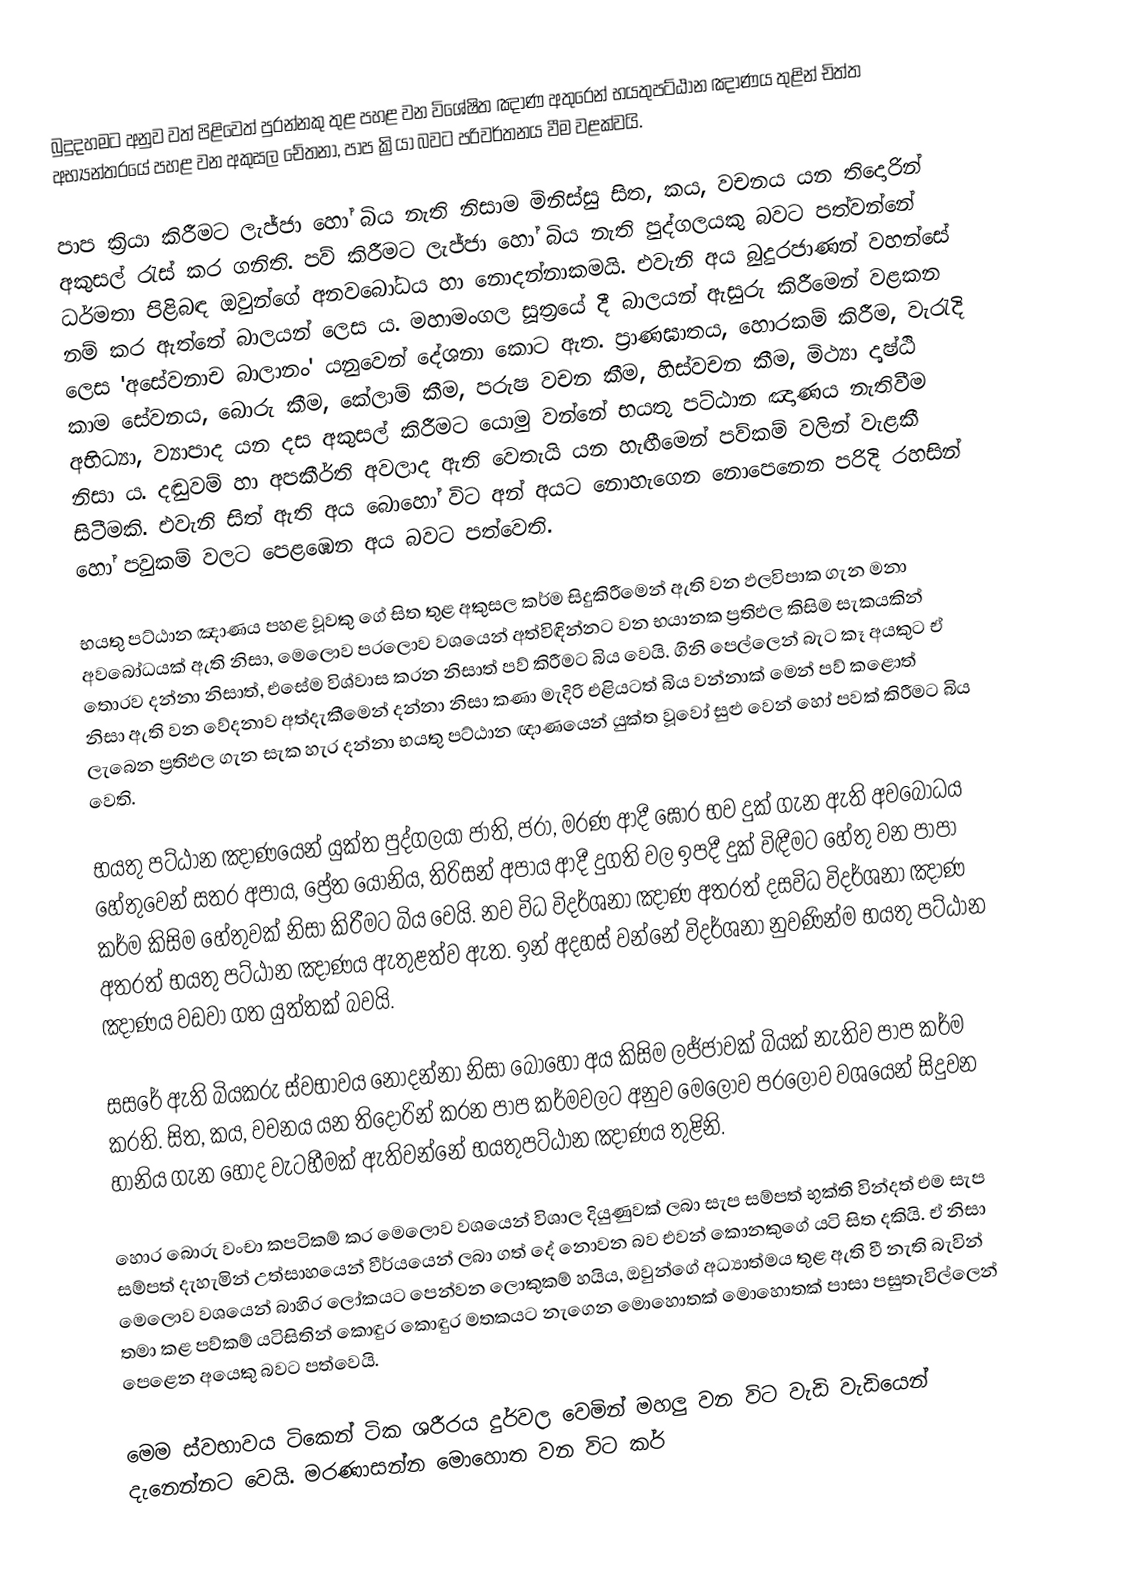
බුදුදහමට අනුව වත් පිළිවෙත් පුරන්නකු තුළ පහළ වන විශේෂිත ඤාණ අතුරෙන් භයතුපට්ඨාන ඤාණය තුළින් චිත්ත අභ්‍යන්තරයේ පහළ වන අකුසල චේතනා, පාප ක්‍රියා බවට පරිවර්තනය වීම වළක්වයි.

පාප ක්‍රියා කිරීමට ලැජ්ජා හෝ බිය නැති නිසාම මිනිස්සු සිත, කය, වචනය යන තිදොරින් අකුසල් රැස් කර ගනිති. පව් කිරීමට ලැජ්ජා හෝ බිය නැති පුද්ගලයකු බවට පත්වන්නේ ධර්මතා පිළිබඳ ඔවුන්ගේ අනවබෝධය හා නොදන්නාකමයි. එවැනි අය බුදුරජාණන් වහන්සේ නම් කර ඇත්තේ බාලයන් ලෙස ය. මහාමංගල සූත්‍රයේ දී බාලයන් ඇසුරු කිරීමෙන් වළකන ලෙස 'අසේවනාච බාලානං' යනුවෙන් දේශනා කොට ඇත. ප්‍රාණඝාතය, හොරකම් කිරීම, වැරැදි කාම සේවනය, බොරු කීම, කේලාම් කීම, පරුෂ වචන කීම, හිස්වචන කීම, මිථ්‍යා දෘෂ්ඨි අභිධ්‍යා, ව්‍යාපාද යන දස අකුසල් කිරීමට යොමු වන්නේ භයතු පට්ඨාන ඤාණය නැතිවීම නිසා ය. දඬුවම් හා අපකීර්ති අවලාද ඇති වෙතැයි යන හැඟීමෙන් පව්කම් වලින් වැළකී සිටීමකි. එවැනි සිත් ඇති අය බොහෝ විට අන් අයට නොහැගෙන නොපෙනෙන පරිදි රහසින් හෝ පවුකම් වලට පෙළඹෙන අය බවට පත්වෙති.

භයතු පට්ඨාන ඤාණය පහළ වූවකු ගේ සිත තුළ අකුසල කර්ම සිදුකිරීමෙන් ඇති වන ඵලවිපාක ගැන මනා අවබෝධයක් ඇති නිසා, මෙලොව පරලොව වශයෙන් අත්විඳින්නට වන භයානක ප්‍රතිඵල කිසිම සැකයකින් තොරව දන්නා නිසාත්, එසේම විශ්වාස කරන නිසාත් පව් කිරීමට බිය වෙයි. ගිනි පෙල්ලෙන් බැට කෑ අයකුට ඒ නිසා ඇති වන වේදනාව අත්දැකීමෙන් දන්නා නිසා කණා මැදිරි එළියටත් බිය වන්නාක් මෙන් පව් කළොත් ලැබෙන ප්‍රතිඵල ගැන සැක හැර දන්නා භයතු පට්ඨාන ඥාණයෙන් යුක්ත වූවෝ සුළු වෙන් හෝ පවක් කිරීමට බිය වෙති.

භයතු පට්ඨාන ඤාණයෙන් යුක්ත පුද්ගලයා ජාති, ජරා, මරණ ආදී ඝෝර භව දුක් ගැන ඇති අවබෝධය හේතුවෙන් සතර අපාය, ප්‍රේත යෝනිය, තිරිසන් අපාය ආදී දුගති වල ඉපදී දුක් විඳීමට හේතු වන පාපා කර්ම කිසිම හේතුවක් නිසා කිරීමට බිය වෙයි. නව විධ විදර්ශනා ඤාණ අතරත් දසවිධ විදර්ශනා ඤාණ අතරත් භයතු පට්ඨාන ඤාණය ඇතුළත්ව ඇත. ඉන් අදහස් වන්නේ විදර්ශනා නුවණින්ම භයතු පට්ඨාන ඤාණය වඩවා ගත යුත්තක් බවයි.

සසරේ ඇති බියකරු ස්වභාවය නොදන්නා නිසා බොහෝ අය කිසිම ලජ්ජාවක් බියක් නැතිව පාප කර්ම කරති. සිත, කය, වචනය යන තිදොරින් කරන පාප කර්මවලට අනුව මෙලොව පරලොව වශයෙන් සිදුවන හානිය ගැන හොද වැටහීමක් ඇතිවන්නේ භයතුපට්ඨාන ඤාණය තුළිනි.

හොර බොරු වංචා කපටිකම් කර මෙලොව වශයෙන් විශාල දියුණුවක් ලබා සැප සම්පත් භුක්ති වින්දත් එම සැප සම්පත් දැහැමින් උත්සාහයෙන් වීර්යයෙන් ලබා ගත් දේ නොවන බව එවන් කොනකුගේ යටි සිත දකියි. ඒ නිසා මෙලොව වශයෙන් බාහිර ලෝකයට පෙන්වන ලොකුකම් හයිය, ඔවුන්ගේ අධ්‍යාත්මය තුළ ඇති වී නැති බැවින් තමා කළ පව්කම් යටිසිතින් කොඳුර කොඳුර මතකයට නැගෙන මොහොතක් මොහොතක් පාසා පසුතැවිල්ලෙන් පෙළෙන අයෙකු බවට පත්වෙයි.

මෙම ස්වභාවය ටිකෙන් ටික ශරීරය දුර්වල වෙමින් මහලු වන විට වැඩි වැඩියෙන් දැනෙන්නට වෙයි. මරණාසන්න මොහොත වන විට කර්